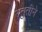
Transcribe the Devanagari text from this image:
स्तुतीने